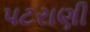
પટરાણી